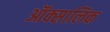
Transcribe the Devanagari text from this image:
ऑक्सालिक